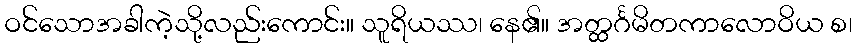
ဝင်သောအခါကဲ့သို့လည်းကောင်း။ သူရိယဿ၊ နေ၏။ အတ္ထင်္ဂမိတကာလောဝိယ စ၊